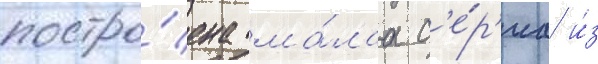
постро́ена ма́лаа с'е́р'иа и́з